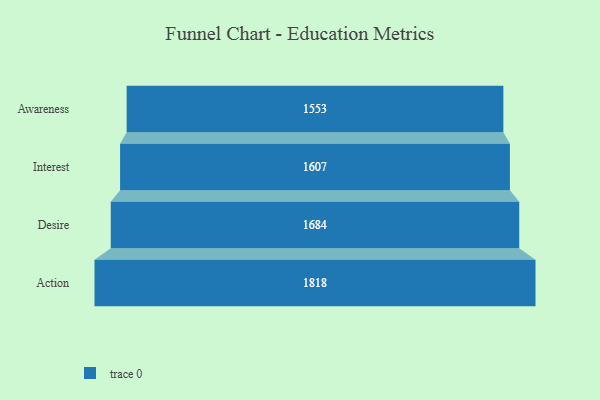
{"axis": {"x": "Stage", "y": "Value"}, "legend": [""], "data": [{"x": "Awareness", "y": 1553.0, "type": ""}, {"x": "Interest", "y": 1607.0, "type": ""}, {"x": "Desire", "y": 1684.0, "type": ""}, {"x": "Action", "y": 1818.0, "type": ""}]}